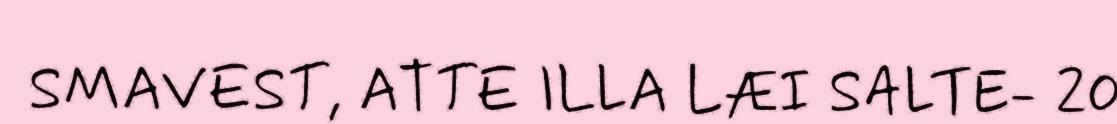
SMAVEST, ATTE ILLA LÆI SALTE- 20